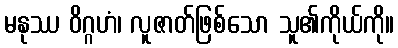
မနုဿ ဝိဂ္ဂဟံ၊ လူဇာတ်ဖြစ်သော သူ၏ကိုယ်ကို။